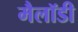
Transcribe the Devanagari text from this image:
मैलॉडी